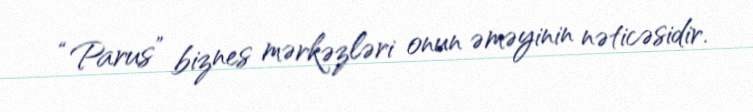
“Parus” biznes mərkəzləri onun əməyinin nəticəsidir.